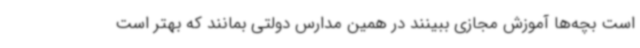
است بچه‌ها آموزش مجازی ببینند در همین مدارس دولتی بمانند که بهتر است